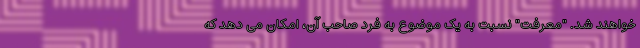
خواهند شد. "معرفت" نسبت به یک موضوع به فرد صاحب آن، امکان می دهد که